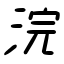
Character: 浣